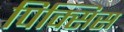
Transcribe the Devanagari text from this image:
पिक्सिस